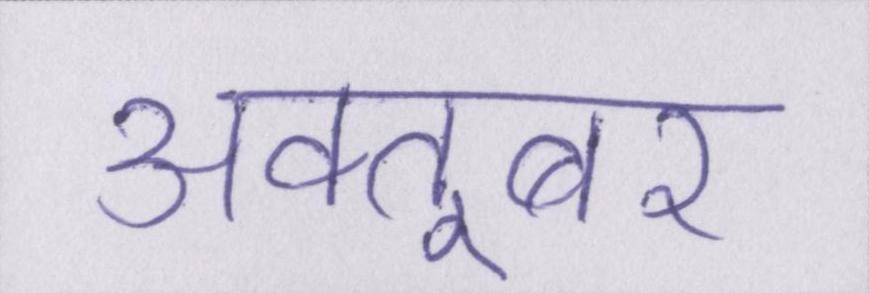
अक्तूबर